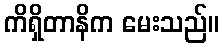
ကိရှိတာနိက မေးသည်။